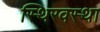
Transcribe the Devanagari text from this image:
स्थिरवस्था